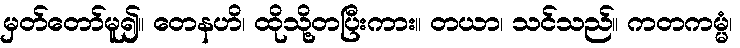
မှတ်တော်မူ၍။ တေနဟိ၊ ထိုသို့တပြီးကား။ တယာ၊ သင်သည်။ ကတကမ္မံ၊